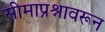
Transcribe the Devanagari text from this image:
सीमाप्रश्नावरून